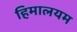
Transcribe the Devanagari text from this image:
हिमालयम